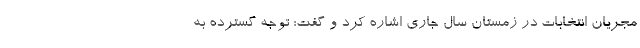
مجریان انتخابات در زمستان سال جاری اشاره کرد و گفت: توجه گسترده به